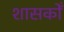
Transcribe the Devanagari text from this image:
शासकोँ